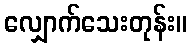
လျှောက်သေးတုန်း။